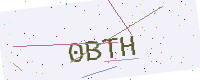
Text: 0BTH